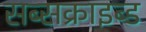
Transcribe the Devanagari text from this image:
सब्सक्राइब्ड